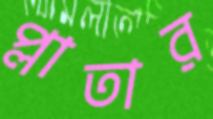
প্লাতার